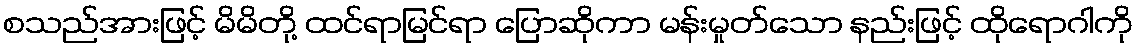
စသည်အားဖြင့် မိမိတို့ ထင်ရာမြင်ရာ ပြောဆိုကာ မန်းမှုတ်သော နည်းဖြင့် ထိုရောဂါကို